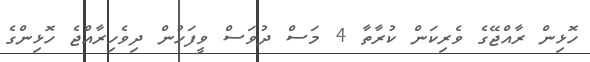
ހޮޅިން ރާއްޖޭގެ ވެރިކަން ކުރާތާ 4 މަސް ދުވަސް ވީފަހުން ދިވެހިރާއްޖެ ހޮޅިންގެ